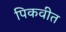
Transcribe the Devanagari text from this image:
पिकवीत